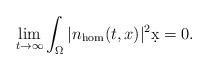
LaTeX: \begin{align*} \lim_{t\to\infty} \int_\Omega |n_\mathrm{hom}(t,x)|^2 \d x = 0.\end{align*}